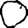
Digit: 0